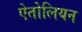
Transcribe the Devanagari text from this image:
ऐतोलियन